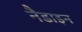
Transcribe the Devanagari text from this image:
नैडाइन